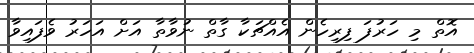
އޮތް މި ހަރުފަ ފިރިހެން އެއްޗަކާ ގާތް ނުވާތާ އަށް އަހަރު ވެފައިވާ